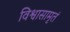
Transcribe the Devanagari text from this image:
विश्वासामृतं